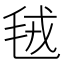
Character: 毧